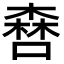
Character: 𠾤